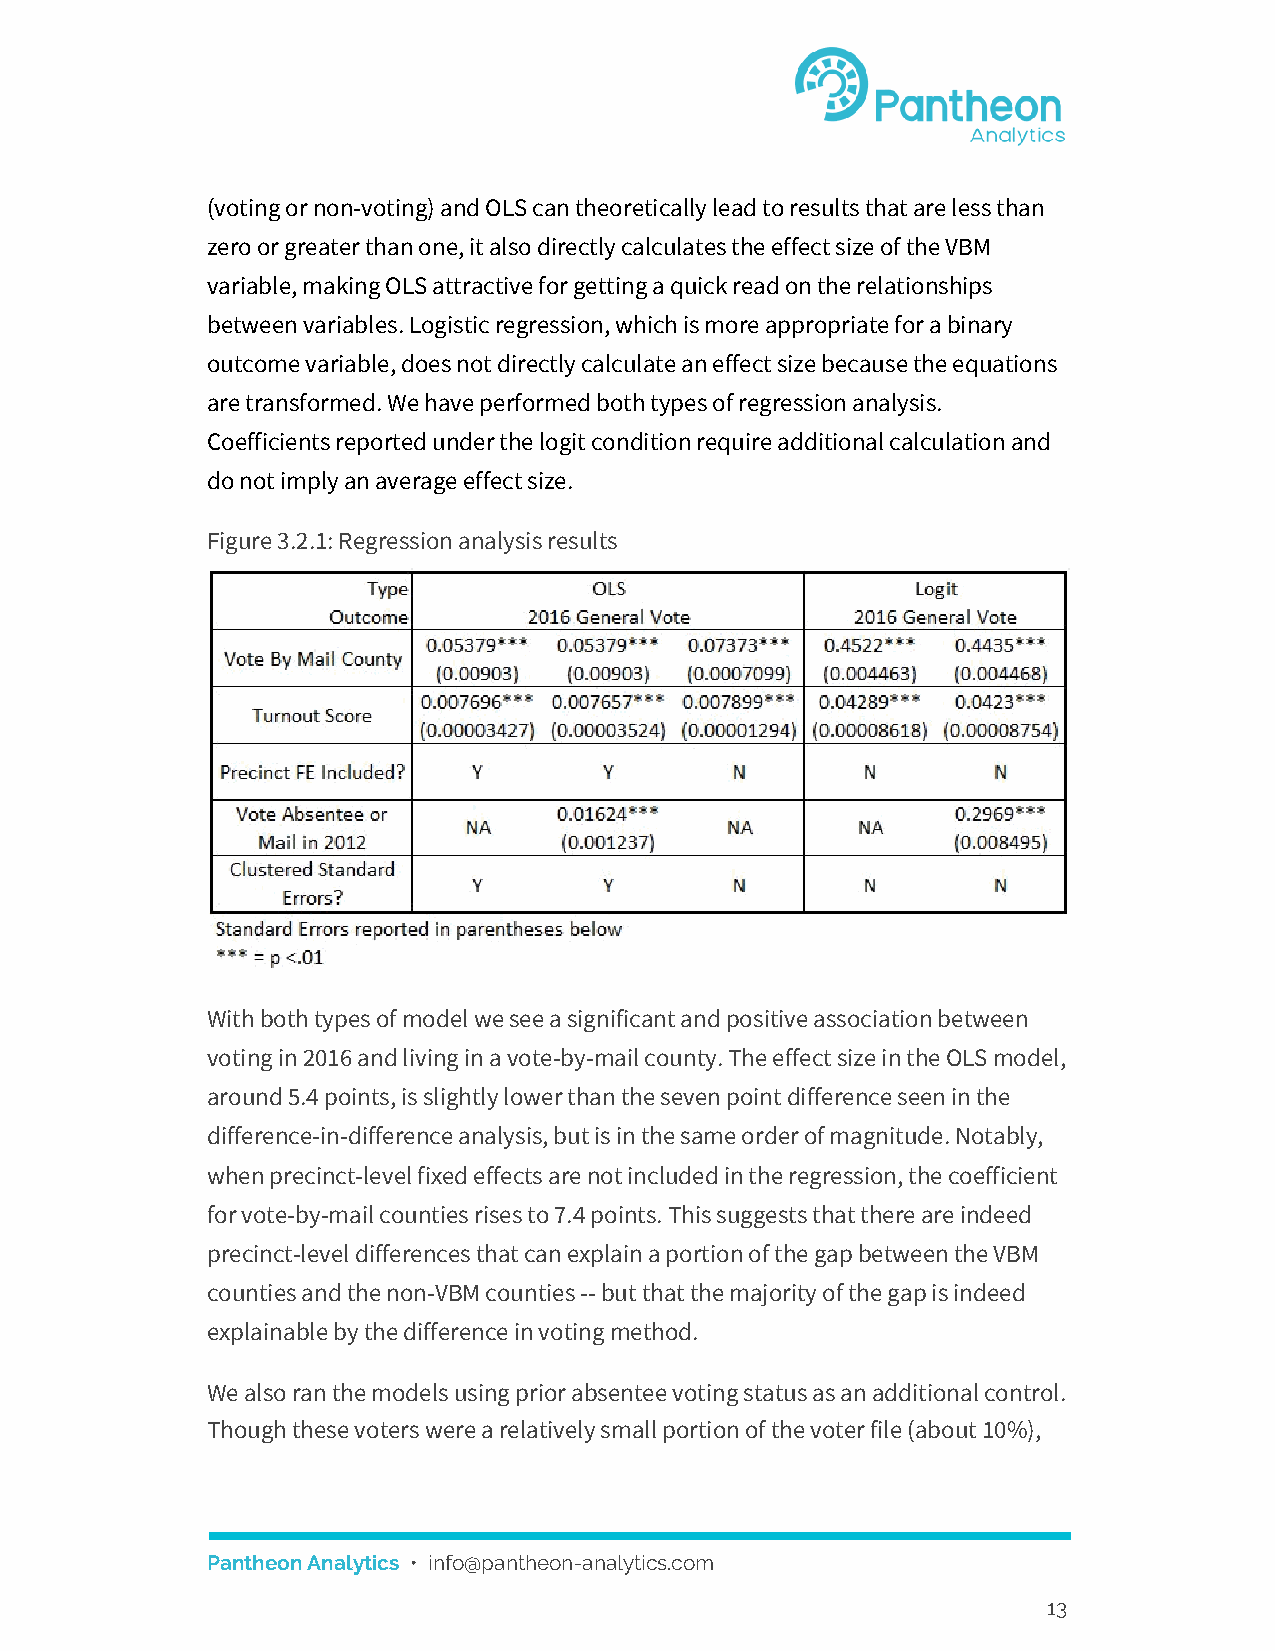
(voting or non-voting) and OLS can theoretically lead to results that are less than
 zero or greater than one, it also directly calculates the effect size of the VBM
 variable, making OLS attractive for getting a quick read on the relationships
 between variables. Logistic regression, which is more appropriate for a binary
 outcome variable, does not directly calculate an effect size because the equations
 are transformed. We have performed both types of regression analysis.
 Coefficients reported under the logit condition require additional calculation and
 do not imply an average effect size.
 Figure 3.2.1: Regression analysis results
 With both types of model we see a significant and positive association between
 voting in 2016 and living in a vote-by-mail county. The effect size in the OLS model,
 around 5.4 points, is slightly lower than the seven point difference seen in the
 difference-in-difference analysis, but is in the same order of magnitude. Notably,
 when precinct-level fixed effects are not included in the regression, the coefficient
 for vote-by-mail counties rises to 7.4 points. This suggests that there are indeed
 precinct-level differences that can explain a portion of the gap between the VBM
 counties and the non-VBM counties -- but that the majority of the gap is indeed
 explainable by the difference in voting method.
 We also ran the models using prior absentee voting status as an additional control.
 Though these voters were a relatively small portion of the voter file (about 10%),
 Pantheon Analytics • info@pantheon-analytics.com
 ​
 13